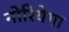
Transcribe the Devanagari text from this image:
नोरियेगा